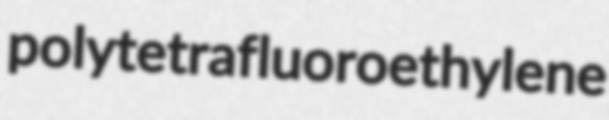
polytetrafluoroethylene